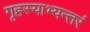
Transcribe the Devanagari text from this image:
गृहस्याभ्यन्तरं